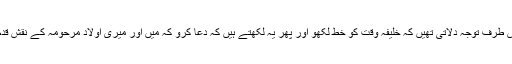
اور مجھے بھی اس طرف توجہ دلاتی تھیں کہ خلیفۂ وقت کو خط لکھو اور پھر یہ لکھتے ہیں کہ دعا کرو کہ میں اور میری اولاد مرحومہ کے نقش قدم پر چلنے والی ہو۔